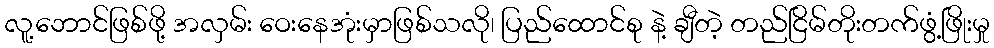
လူ့ဘောင်ဖြစ်ဖို့ အလှမ်း ဝေးနေအုံးမှာဖြစ်သလို၊ ပြည်ထောင်စု နဲ့ ချီတဲ့ တည်ငြိမ်တိုးတက်ဖွံ့ဖြိုးမှု